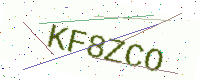
Text: KF8ZCO